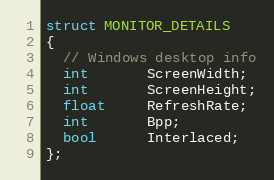
Language: C
struct MONITOR_DETAILS
{
  // Windows desktop info
  int       ScreenWidth;
  int       ScreenHeight;
  float     RefreshRate;
  int       Bpp;
  bool      Interlaced;
};